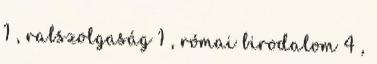
1 , rabszolgaság 1 , római birodalom 4 ,